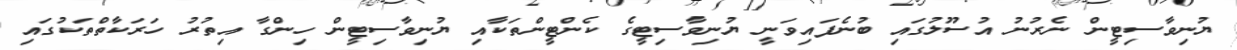
ޔުނިވާސިޓީން ނެރުނު އުސޫލުގައި ބުނެފައިވަނީ ޔުނިވާސިޓީގެ ކެންޓީންތަކާއި ޔުނިވާސިޓީން ހިންގާ އިތުރު ހަރަކާތްތަކުގައި